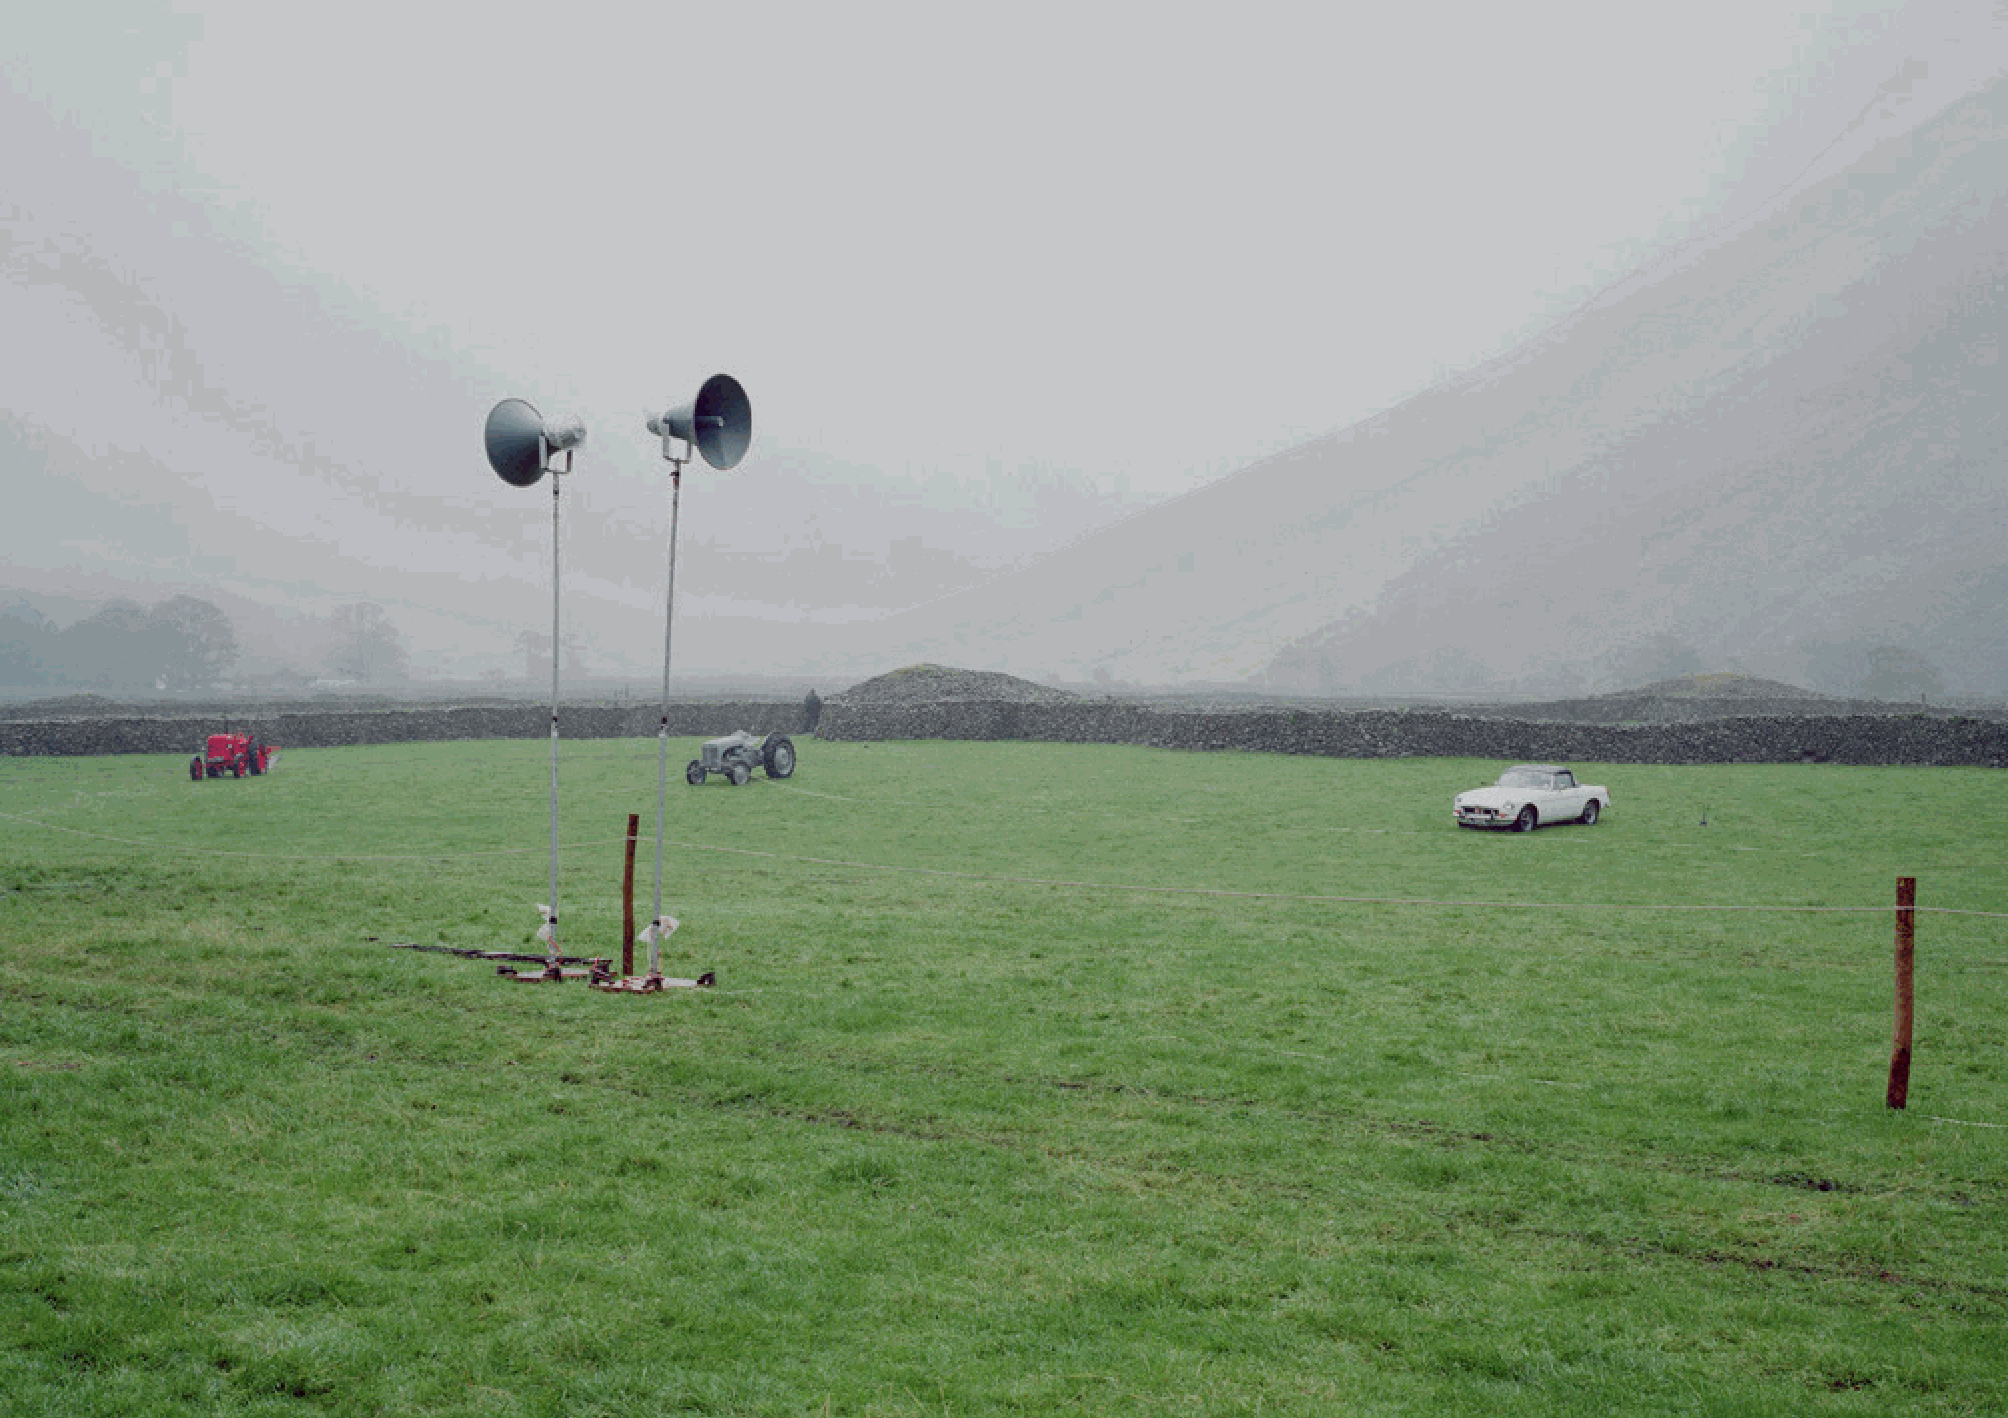
10                                                                                                                      11